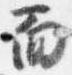
面